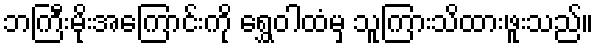
ဘကြီးမိုးအကြောင်းကို ရွှေဝါထံမှ သူကြားသိထားဖူးသည်။